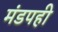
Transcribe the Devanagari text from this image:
मंडपही